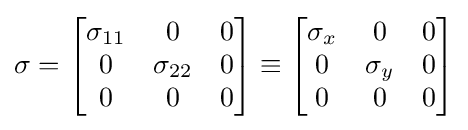
\sigma ={\begin{bmatrix}\sigma _{11}&0&0\\0&\sigma _{22}&0\\0&0&0\end{bmatrix}}\equiv {\begin{bmatrix}\sigma _{x}&0&0\\0&\sigma _{y}&0\\0&0&0\end{bmatrix}}